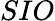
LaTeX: SIO